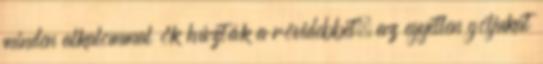
minden alkalommal ők húzták a rövidebbet, az egyetlen góljukat